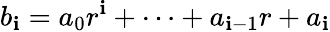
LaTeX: b_{\mathbf{i}}=a_{0}r^{\mathbf{i}}+\cdots+a_{\mathbf{i}-1}r+a_{\mathbf{i}}